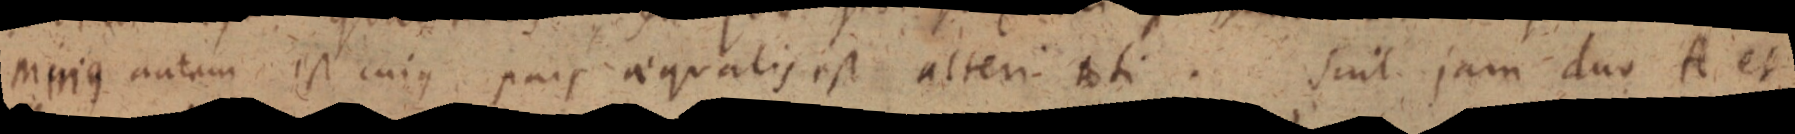
mujus autem est cujus pars aequalis est alteri ati. suit jam duo A et